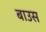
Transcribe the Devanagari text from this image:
बाउस